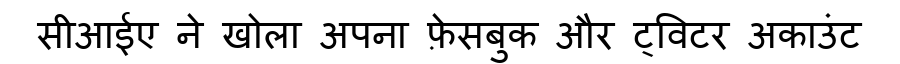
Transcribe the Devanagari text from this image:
सीआईए ने खोला अपना फ़ेसबुक और ट्विटर अकाउंट